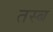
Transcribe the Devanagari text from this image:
तस्ब